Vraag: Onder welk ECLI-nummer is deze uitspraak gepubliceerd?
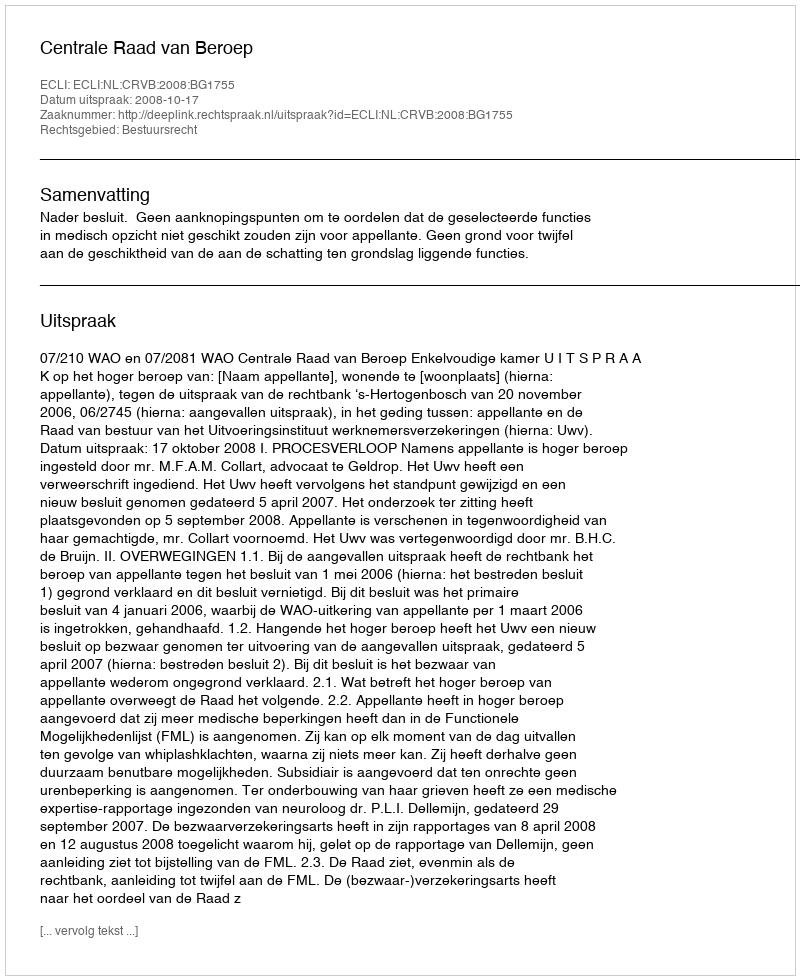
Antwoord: ECLI:NL:CRVB:2008:BG1755